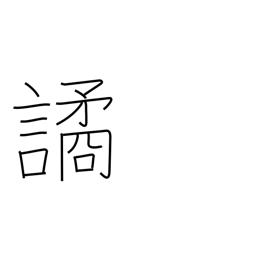
Meaning: deceive